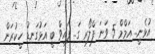
އުޅެނީ.. އަމްމް 5 ވަނަ ފްލޯރ ގަ.. ފައިވް ބީ އަޅުގަނޑު ހީކުރަން